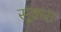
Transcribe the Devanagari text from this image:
सूकरा